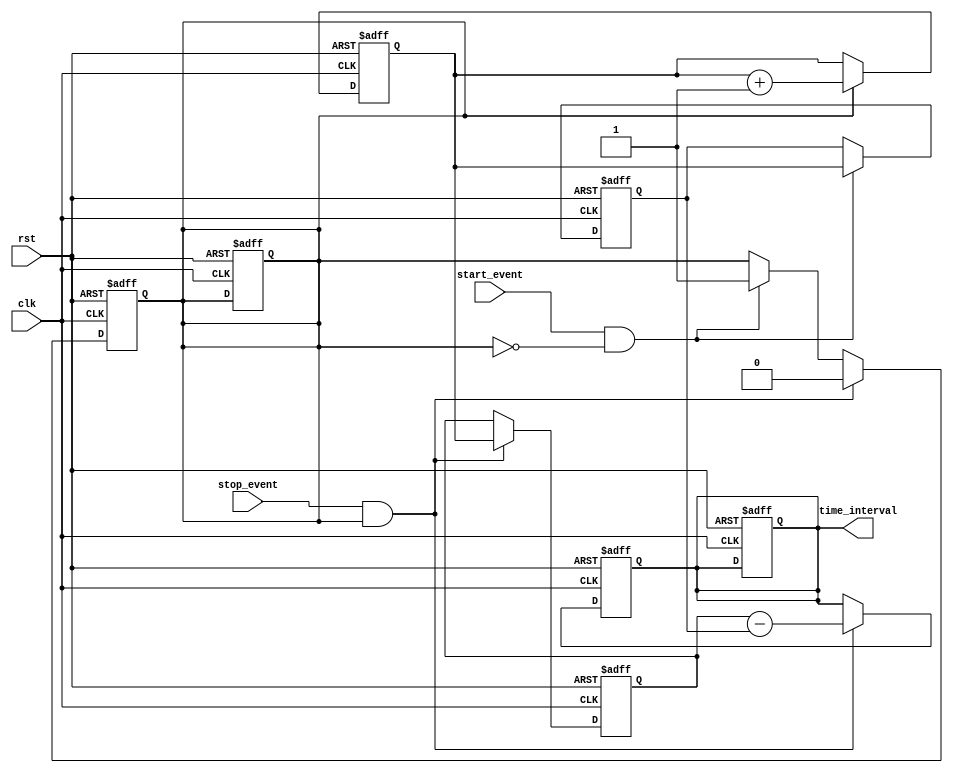
module tdc_single_shot (
    input clk,                     // High-frequency clock (e.g., 100 MHz)
    input rst,                     // Asynchronous reset
    input start_event,             // Start event signal
    input stop_event,              // Stop event signal
    output reg [31:0] time_interval // Output time interval in clock cycles
);

    reg [31:0] counter;            // Counter to keep track of clock cycles
    reg [31:0] start_time;         // Store start timestamp
    reg [31:0] stop_time;          // Store stop timestamp
    reg measuring;                 // State flag to indicate if we are measuring

    // Counter logic
    always @(posedge clk or posedge rst) begin
        if (rst) begin
            counter <= 32'd0;
            measuring <= 1'b0;
            time_interval <= 32'd0;
        end else if (measuring) begin
            counter <= counter + 1; // Increment counter on each clock cycle
        end
    end

    // Event detection and time stamp storage
    always @(posedge clk or posedge rst) begin
        if (rst) begin
            start_time <= 32'd0;
            stop_time <= 32'd0;
            measuring <= 1'b0;
            time_interval <= 32'd0;
        end else begin
            if (start_event && !measuring) begin
                start_time <= counter;    // Capture the start timestamp
                measuring <= 1'b1;        // Start measuring time
            end
            if (stop_event && measuring) begin
                stop_time <= counter;     // Capture the stop timestamp
                time_interval <= stop_time - start_time; // Calculate time interval
                measuring <= 1'b0;        // Stop measuring time
            end
        end
    end

endmodule